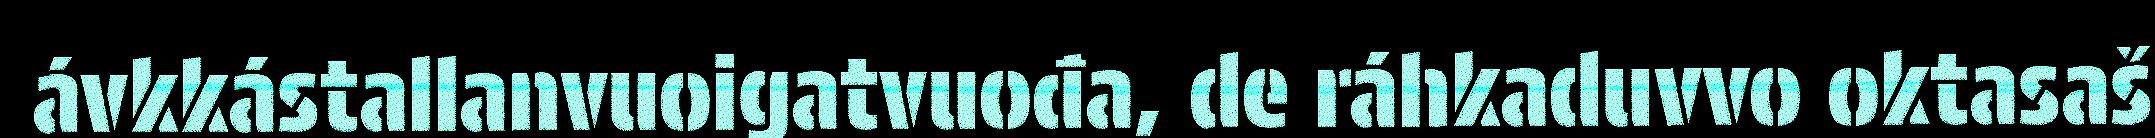
ávkkástallanvuoigatvuođa, de ráhkaduvvo oktasaš